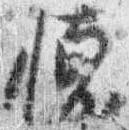
懐